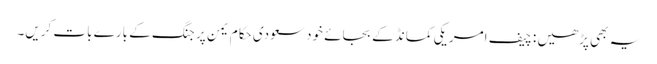
یہ بھی پڑھیں : چیف امریکی کمانڈ کے بجائے خود سعودی حکام یمن پر جنگ کے بارے بات کریں۔